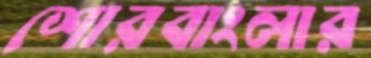
শোরবাংলার